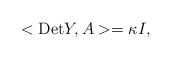
LaTeX: \begin{align*}<\mbox{Det} Y, A > = \kappa I,\end{align*}